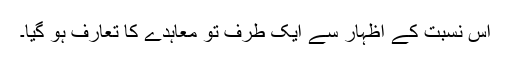
اس نسبت کے اظہار سے ایک طرف تو معاہدے کا تعارف ہو گیا۔